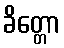
ခိတ္တော